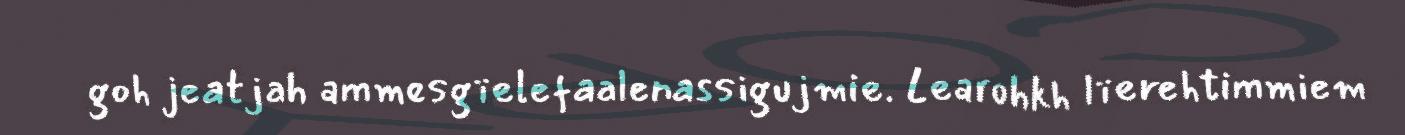
goh jeatjah ammesgïelefaalenassigujmie. Learohkh lïerehtimmiem